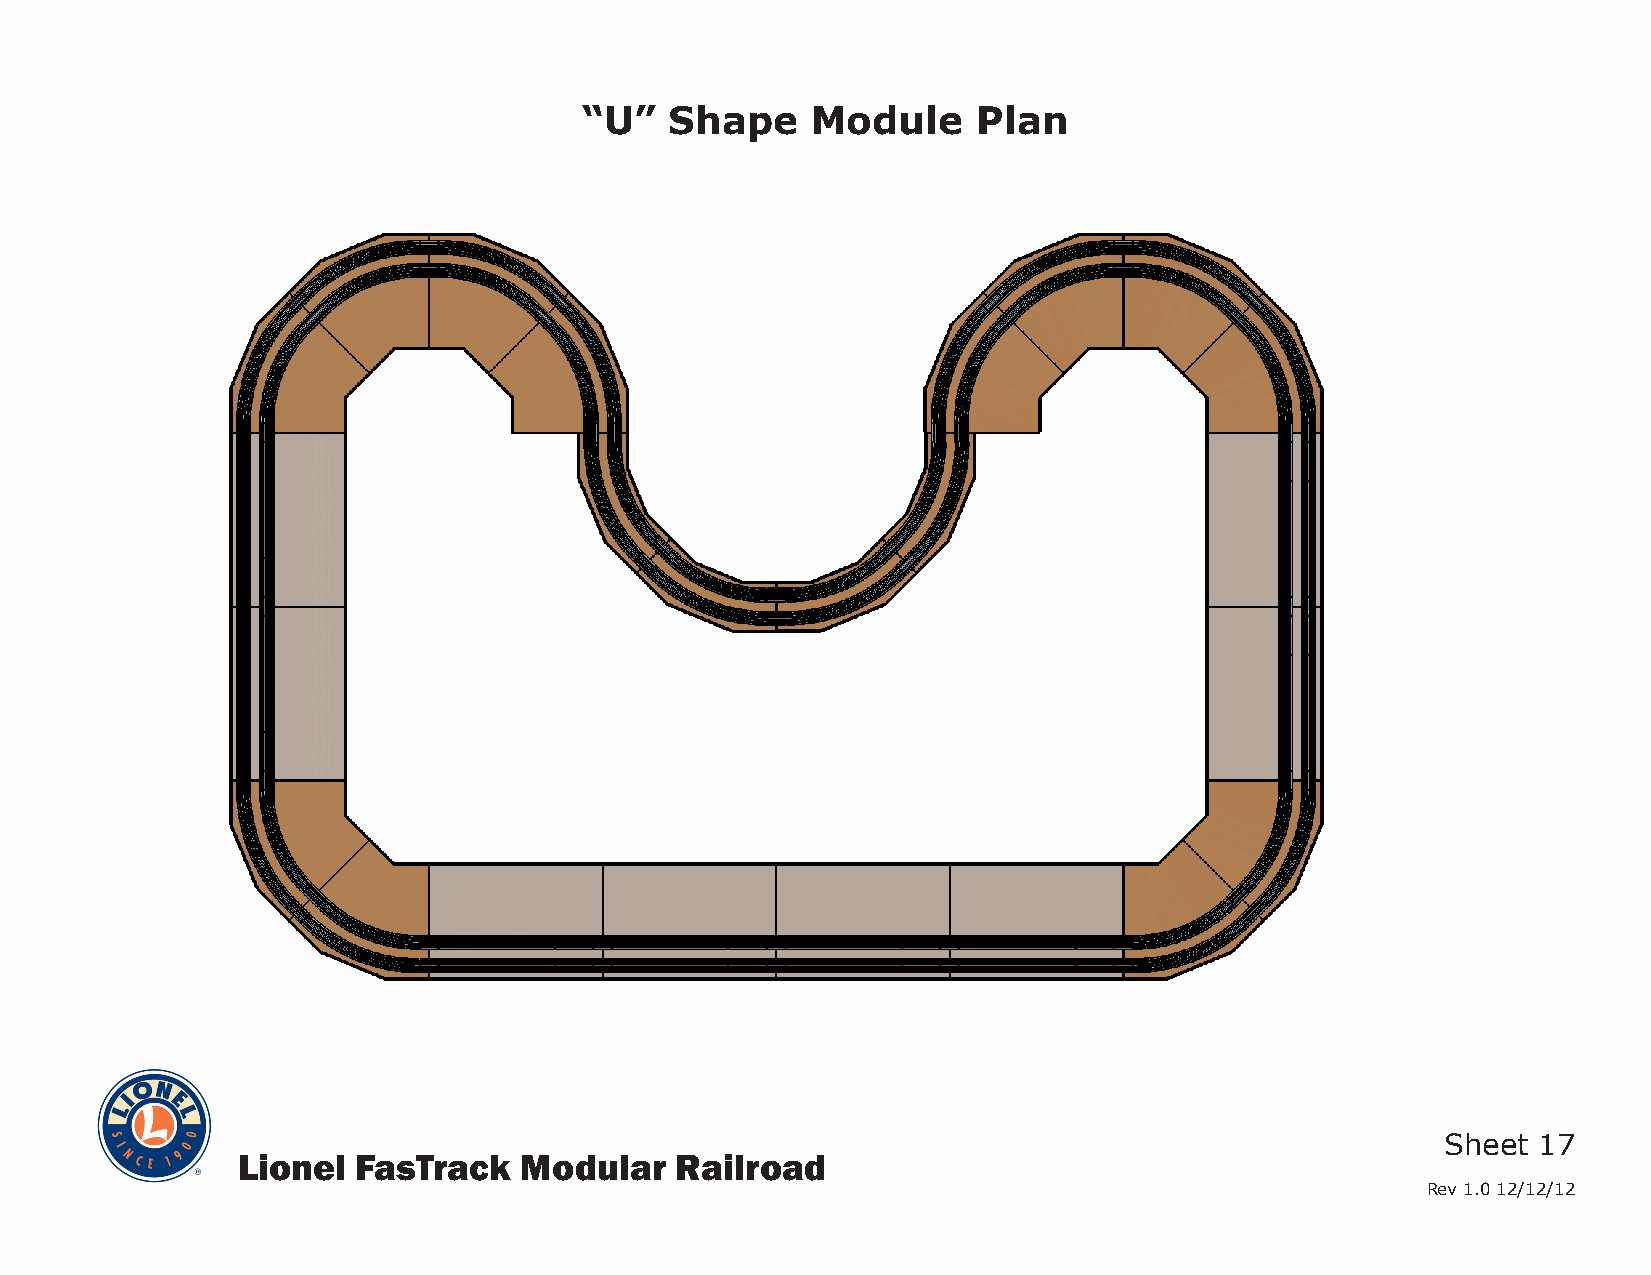
“U”  Shape     Module     Plan
 Sheet 17
 Lionel  FasTrack  Modular    Railroad
 Rev 1.0 12/12/12